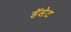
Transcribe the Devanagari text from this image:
हॅसेट